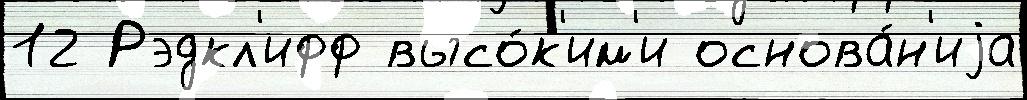
12 Рэдкл'ифф высо́к'им'и основа́н'иjа